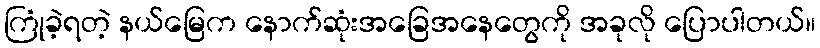
ကြုံခဲ့ရတဲ့ နယ်မြေက နောက်ဆုံးအခြေအနေတွေကို အခုလို ပြောပါတယ်။